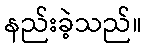
နည်းခဲ့သည်။